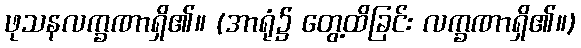
ဖုသနလက္ခဏာရှိ၏။ (အာရုံ၌ တွေ့ထိခြင်း လက္ခဏာရှိ၏။)